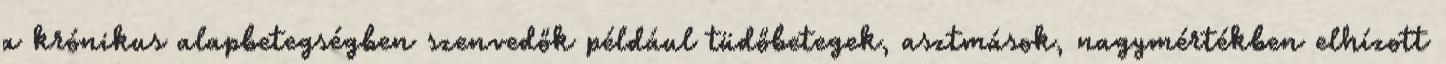
a krónikus alapbetegségben szenvedők például tüdőbetegek, asztmások, nagymértékben elhízott